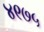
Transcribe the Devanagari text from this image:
४९७५